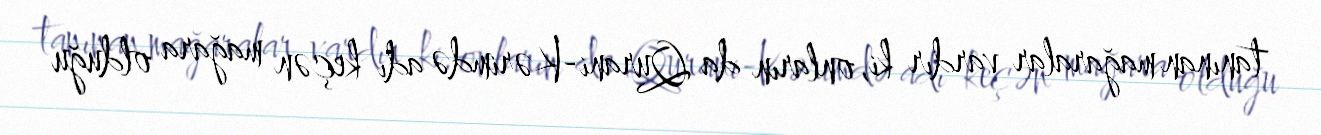
tanınan mağaralar vardır ki, onların da Qurani-Kərimdə adı keçən mağara olduğu